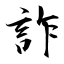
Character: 詐